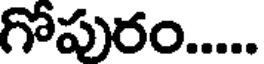
గోపురం.....